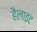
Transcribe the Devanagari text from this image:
हैलाइट